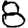
Digit: 8